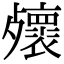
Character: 𣩻